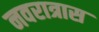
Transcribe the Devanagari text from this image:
नवरात्रास